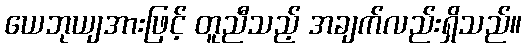
ယေဘုယျအားဖြင့် တူညီသည့် အချက်လည်းရှိသည်။